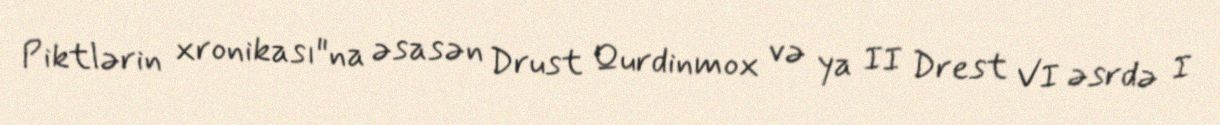
Piktlərin xronikası"na əsasən Drust Qurdinmox və ya II Drest VI əsrdə I